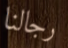
رجالنا